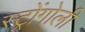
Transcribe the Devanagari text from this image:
स्ट्रोंगोली